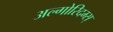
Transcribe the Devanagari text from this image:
अल्गोरिदम्स्